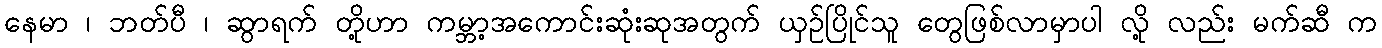
နေမာ ၊ ဘတ်ပီ ၊ ဆွာရက် တို့ဟာ ကမ္ဘာ့အကောင်းဆုံးဆုအတွက် ယှဉ်ပြိုင်သူ တွေဖြစ်လာမှာပါ လို့ လည်း မက်ဆီ က